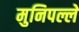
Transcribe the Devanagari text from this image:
मुनिपल्ले